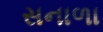
સનાળા